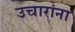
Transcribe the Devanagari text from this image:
उचारांना